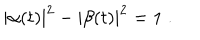
| \alpha ( t ) | ^ { 2 } - | \beta ( t ) | ^ { 2 } = 1 \; .